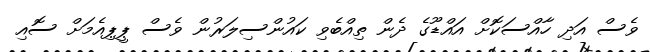
ވެސް އަދި ހާއްސަކޮށް އައްޑޫގެ ދެން ތިއްބެވި ކައުންސިލަރުން ވެސް ޕީޕިއެމަށް ސޮއި